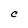
Character: C